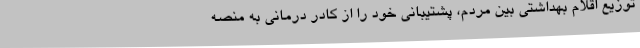
توزیع اقلام بهداشتی بین مردم، پشتیبانی خود را از کادر درمانی به منصه